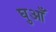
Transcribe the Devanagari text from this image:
घुआँ